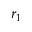
r _ { 1 }